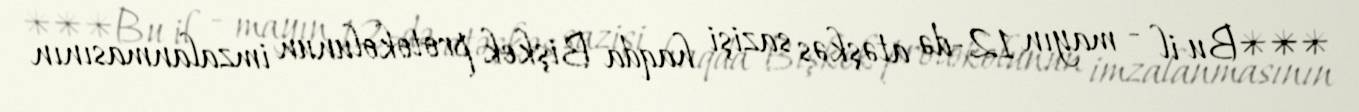
***Bu il - mayın 12-də atəşkəs sazişi haqda Bişkek protokolunun imzalanmasının